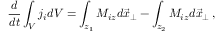
\frac { d } { d t } \int _ { V } j _ { i } d V = \int _ { z _ { 1 } } M _ { i z } d \vec { x } _ { \perp } - \int _ { z _ { 2 } } M _ { i z } d \vec { x } _ { \perp } \, ,